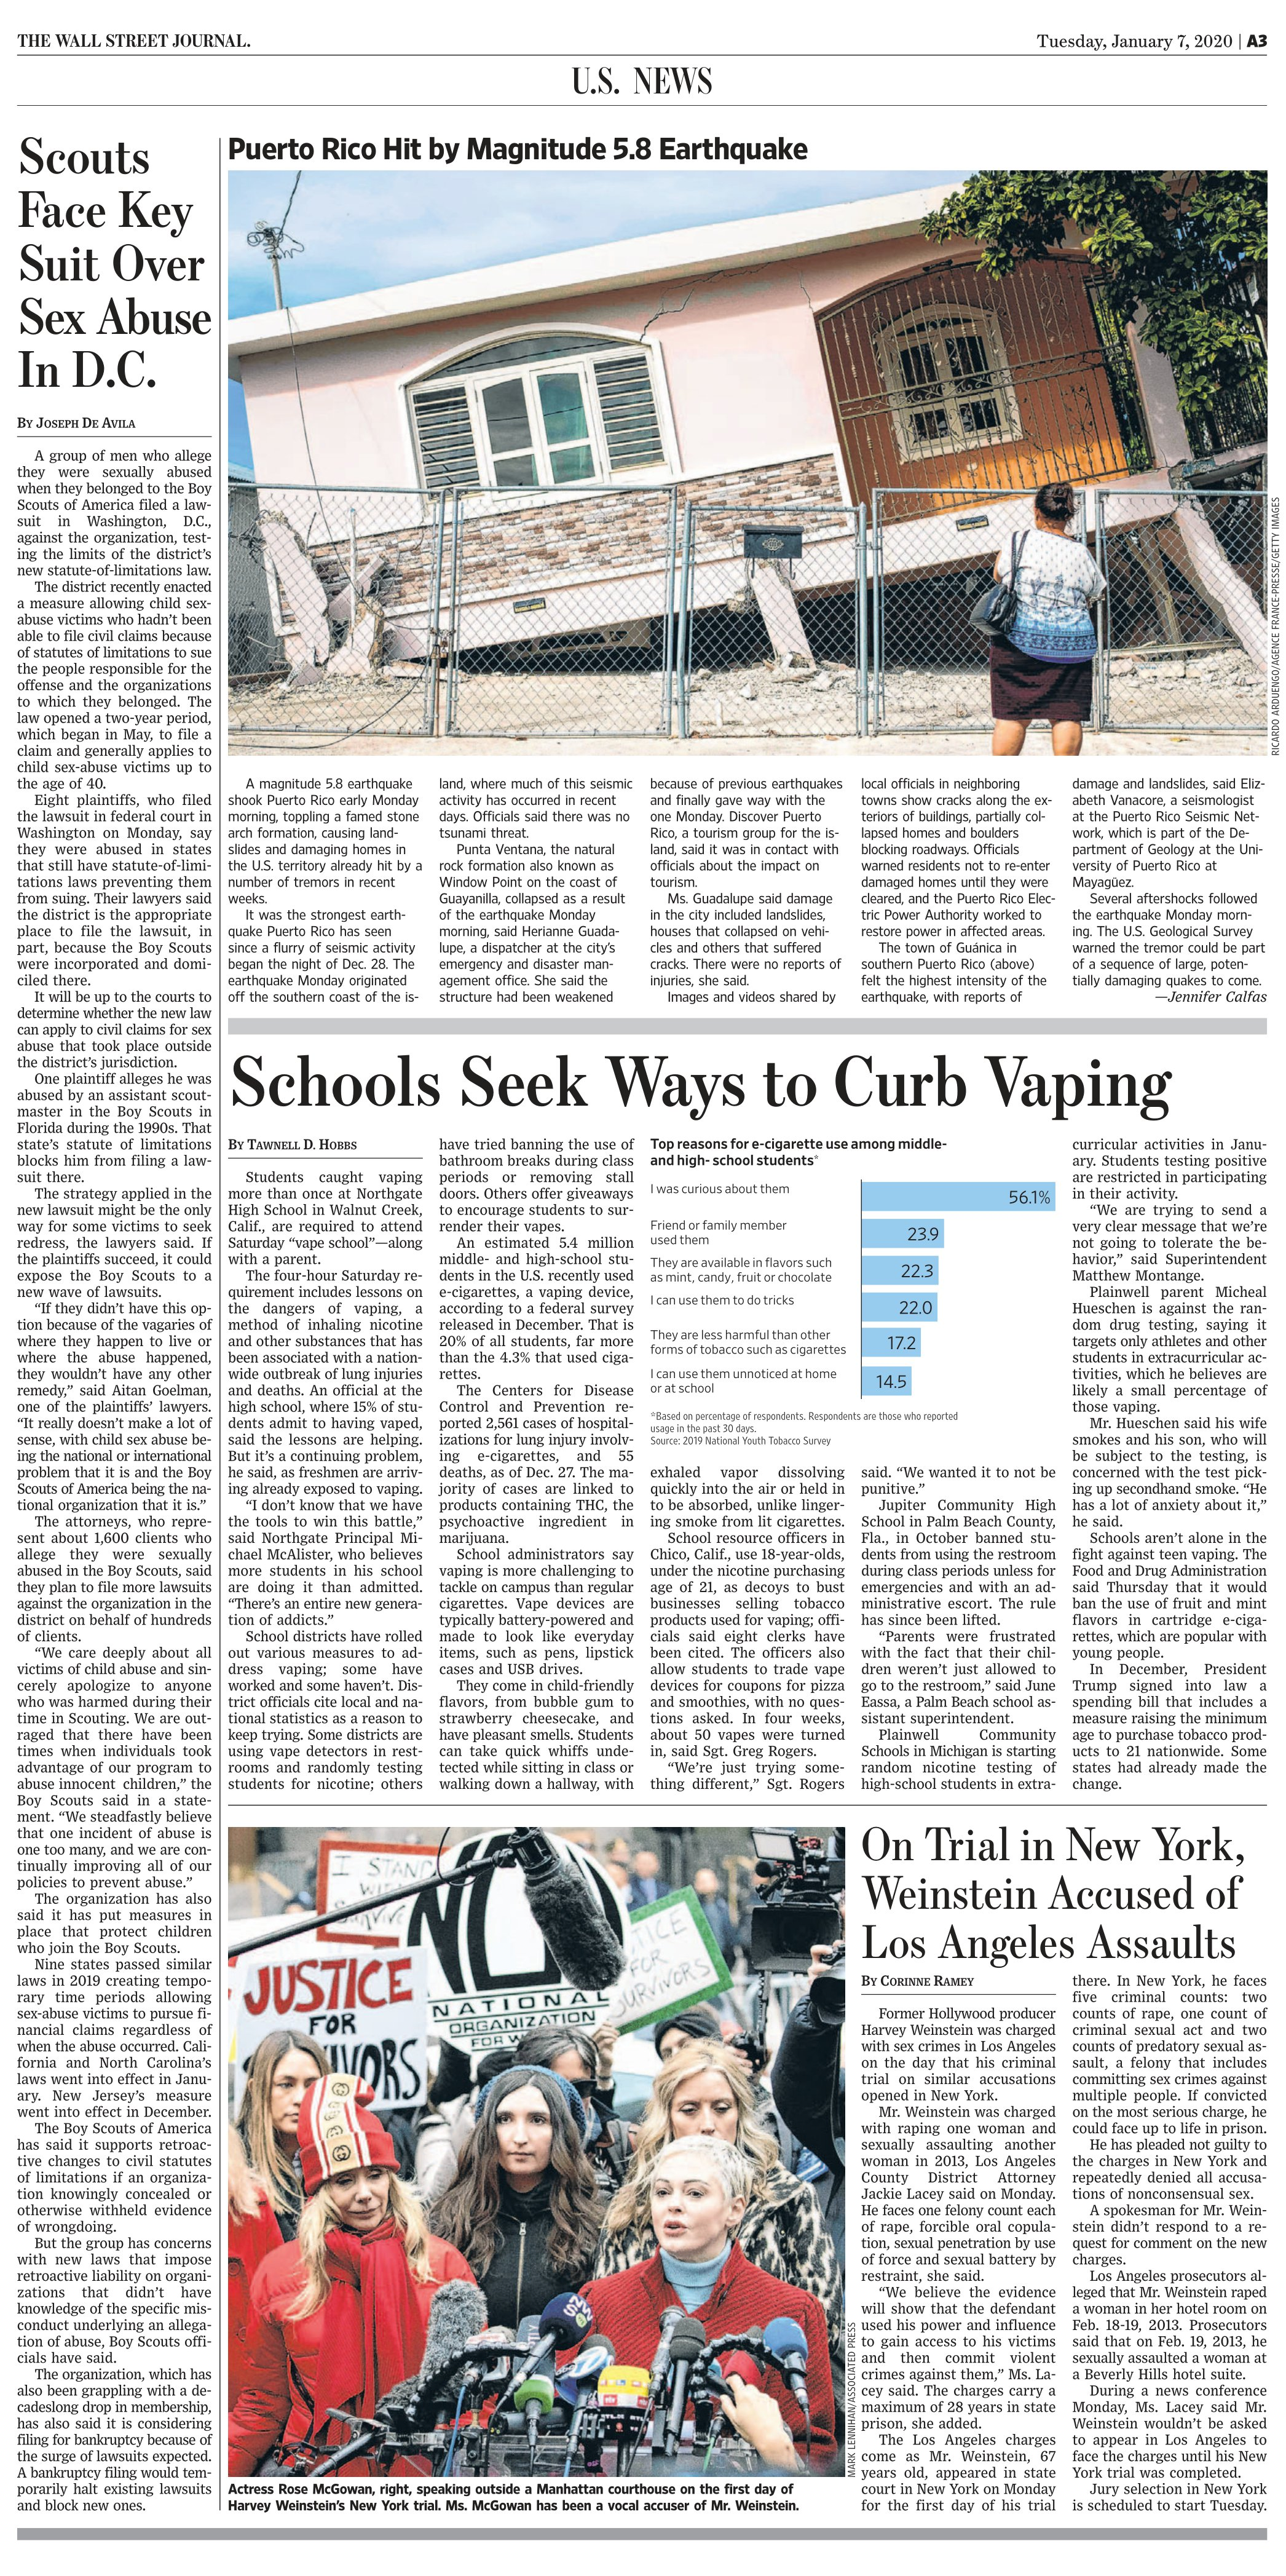
Language: en